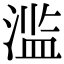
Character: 滥